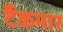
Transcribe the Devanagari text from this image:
टैंकमार